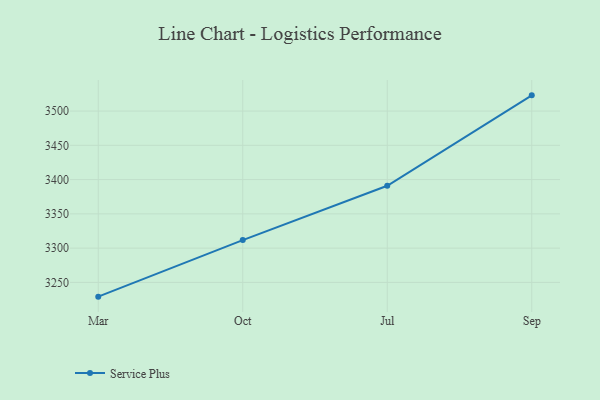
{"axis": {"x": "Month", "y": "Gross Profit (USD K)"}, "legend": ["Service Plus"], "data": [{"x": "Mar", "y": 3229.2, "type": "Service Plus"}, {"x": "Oct", "y": 3311.7, "type": "Service Plus"}, {"x": "Jul", "y": 3391.0, "type": "Service Plus"}, {"x": "Sep", "y": 3522.9, "type": "Service Plus"}]}